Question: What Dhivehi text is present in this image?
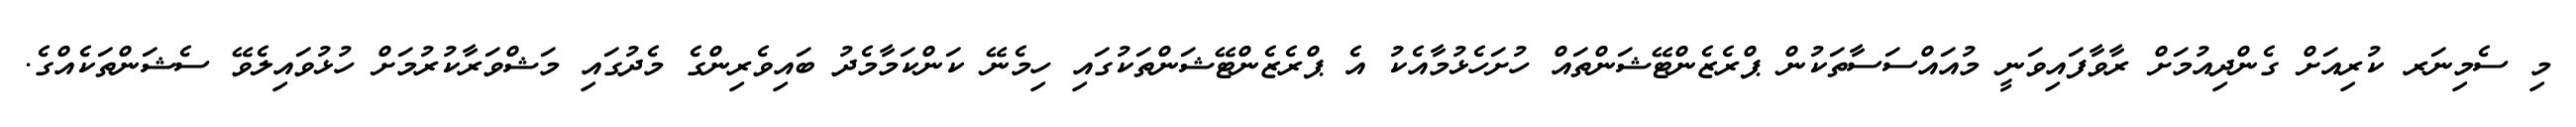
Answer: މި ސެމިނަރ ކުރިއަށް ގެންދިއުމަށް ރާވާފައިވަނީ މުއައްސަސާތަކުން ޕްރެޒެންޓޭޝަންތައް ހުށަހެޅުމާއެކު އެ ޕްރެޒެންޓޭޝަންތަކުގައި ހިމެނޭ ކަންކަމާމެދު ބައިވެރިންގެ މެދުގައި މަޝްވަރާކުރުމަށް ހުޅުވައިލެވޭ ސެޝަންތަކެއްގެ.